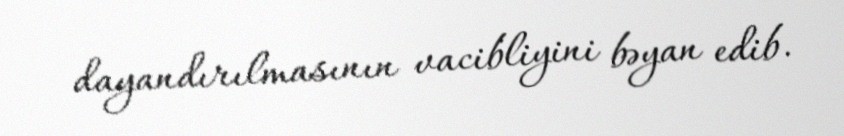
dayandırılmasının vacibliyini bəyan edib.